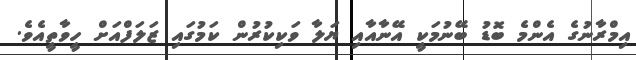
އިމްރާނުގެ އެންމެ ބޮޑު ބޭނުމަކީ އޭނާއާއި ޔަލާ ވަކިކުރުން ކަމުގައި ޒަލަފްއަށް ހީވާތީއެވެ.